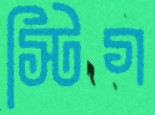
স্টিগ